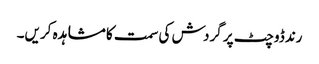
رندڈوچٹ پر گردش کی سمت کا مشاہدہ کریں۔